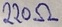
Text: 220Ω